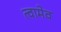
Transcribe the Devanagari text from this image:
त्वामेव